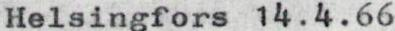
Helsingfors 14.4.66